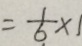
= \frac { 1 } { 6 } \times 1